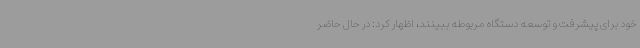
خود برای پیشرفت و توسعه دستگاه مربوطه ببینند، اظهار کرد: در حال حاضر